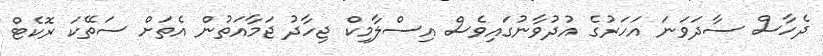
ދެހާސް ސާދަވަނަ އަހަރުގެ އުދުވާނުގައިވެސް އިސްލާމިކް ޖިހާދު ޖަމާއަތުން އެތަށް ސަތޭކަ ރޮކެޓް